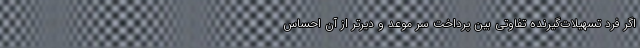
اگر فرد تسهیلات‌گیرنده تفاوتی بین پرداخت سر موعد و دیرتر از آن احساس